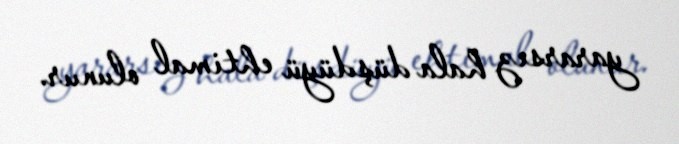
yararsız hala düşdüyü ehtimal olunur.